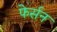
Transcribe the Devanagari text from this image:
फेर्सन